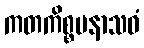
ကတကိစ္စမနာသဝံ